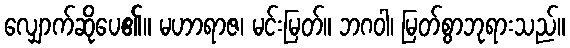
လျှောက်ဆိုပေ၏။ မဟာရာဇ၊ မင်းမြတ်။ ဘဂဝါ၊ မြတ်စွာဘုရားသည်။